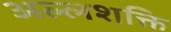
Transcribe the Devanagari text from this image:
अल्लशक्ति